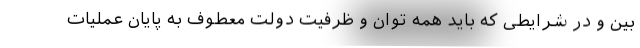
بین و در شرایطی که باید همه توان و ظرفیت دولت معطوف به پایان عملیات